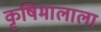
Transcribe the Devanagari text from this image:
कृषिमालाला